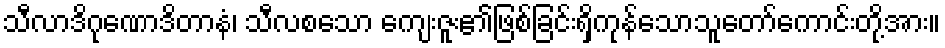
သီလာဒိဂုဏောဒိတာနံ၊ သီလစသော ကျေးဇူး၏ဖြစ်ခြင်းရှိကုန်သောသူတော်ကောင်းတို့အား။